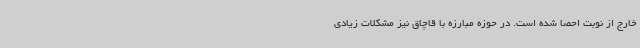
خارج از نوبت احصا شده است. در حوزه مبارزه با قاچاق نیز مشکلات زیادی